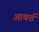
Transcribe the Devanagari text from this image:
आबर्त